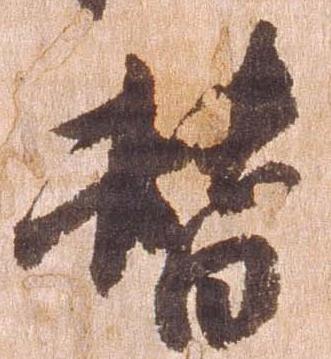
替